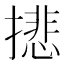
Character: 𢴾